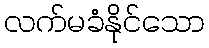
လက်မခံနိုင်သော